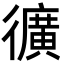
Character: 𭜉